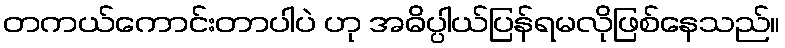
တကယ်ကောင်းတာပါပဲ ဟု အဓိပ္ပါယ်ပြန်ရမလိုဖြစ်နေသည်။